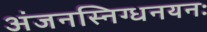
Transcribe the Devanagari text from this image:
अंजनस्निग्धनयनः